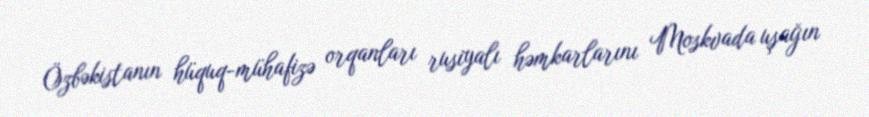
Özbəkistanın hüquq-mühafizə orqanları rusiyalı həmkarlarını Moskvada uşağın